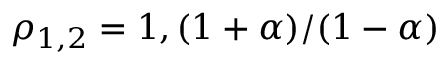
\rho _ { 1 , 2 } = 1 , ( 1 + \alpha ) / ( 1 - \alpha )